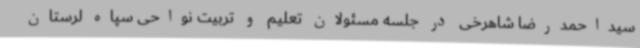
سیداحمدرضا شاهرخی در جلسه مسئولان تعلیم و تربیت نواحی سپاه لرستان